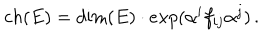
c h ( E ) = \mathrm { d i m } ( E ) \cdot e x p ( \alpha ^ { i } f _ { i j } \alpha ^ { j } ) \, .